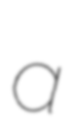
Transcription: a